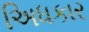
અિધકાર